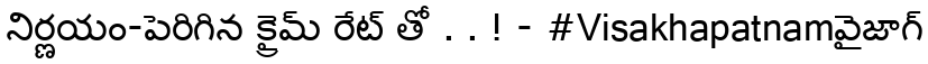
నిర్ణయం-పెరిగిన క్రైమ్ రేట్ తో . . ! - #Visakhapatnamవైజాగ్